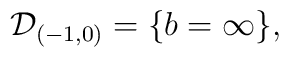
{\cal D}_{(-1,0)}  =  \{ b = \infty \},